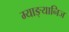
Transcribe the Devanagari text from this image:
म्याङ्यानिज